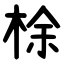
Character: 梌